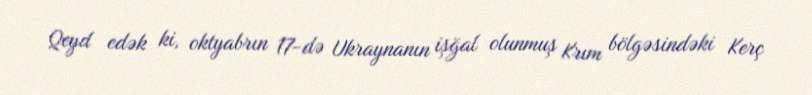
Qeyd edək ki, oktyabrın 17-də Ukraynanın işğal olunmuş Krım bölgəsindəki Kerç